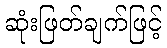
ဆုံးဖြတ်ချက်ဖြင့်